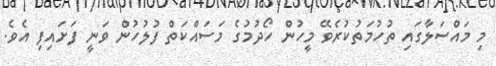
މި މައްސަލާގައި ތުހުމަތުކުރެވޭ މީހުން ހޯދުމުގެ މަސައްކަތް ފުލުހުން ވަނީ ފަށައިފި އެވެ.